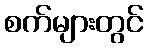
စက်များတွင်